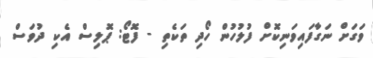
ވަގަށް ނަގާފައިވަނިކޮށް ފުލުހުން ހޯދި ތަކެތި - ފޮޓޯ: ޕޮލިސް އެކި ދުވަސް